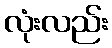
လုံးလည်း